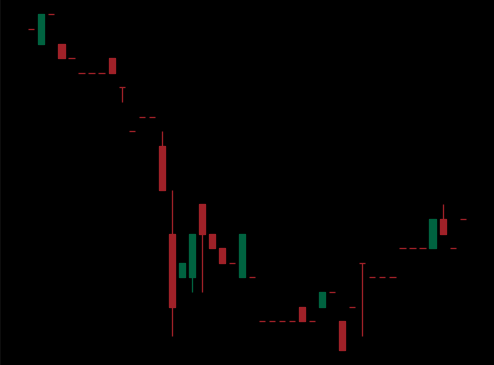
Pattern: bull_flag